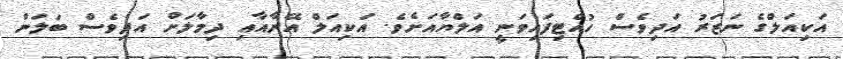
އަކިއަލްގެ ނަޒަރު އަދިވެސް ހުއްޓިފައިވަނީ އަލްޔާއަށެވެ. އަކިއަލް އޭނާއާއި ދިމާލަށް އަދިވެސް ބަލަން